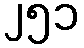
၂၅၁